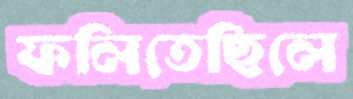
ফলিতেছিলে